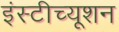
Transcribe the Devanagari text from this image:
इंस्टीच्यूशन